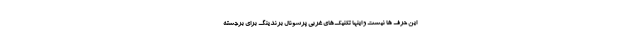
این حرف ها نیست و اینها تکنیک‌های غربی پرسونال برندینگ برای برجسته